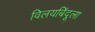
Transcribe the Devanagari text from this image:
विलयबिंदूला